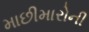
માછીમારોની